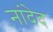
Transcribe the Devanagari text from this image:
नांदेद